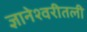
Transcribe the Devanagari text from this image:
ज्ञानेश्वरीतली